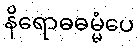
နိရောဓဓမ္မံပေ